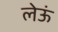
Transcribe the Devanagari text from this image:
लेऊं